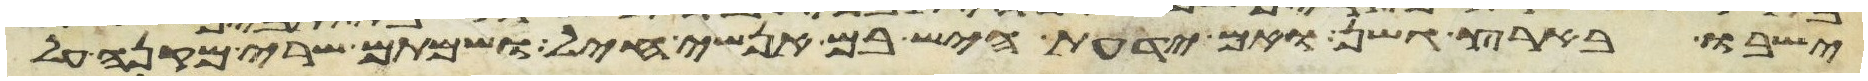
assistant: ישבו בארץ גשן ואם ידעת היש בם אנשי חיל ושמתם שרי מקנה על